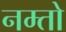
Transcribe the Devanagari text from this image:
नम्तो